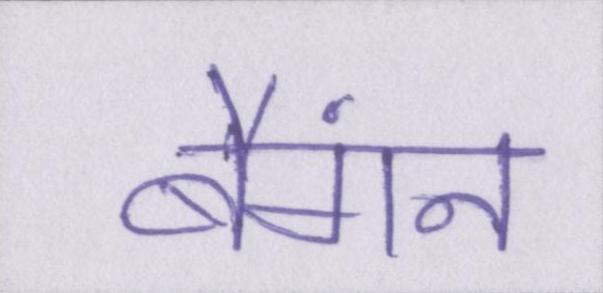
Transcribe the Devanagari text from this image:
बैंगन